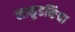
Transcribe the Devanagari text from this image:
लाकूडकिंवा